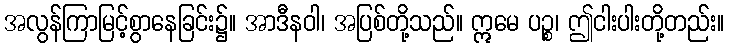
အလွန်ကြာမြင့်စွာနေခြင်း၌။ အာဒီနဝါ၊ အပြစ်တို့သည်။ ဣမေ ပဉ္စ၊ ဤငါးပါးတို့တည်း။